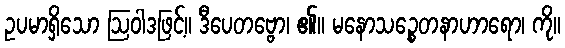
ဥပမာရှိသော ဩဝါဒဖြင့်။ ဒီပေတဗ္ဗော၊ ၏။ မနောသဉ္စေတနာဟာရော၊ ကို။